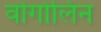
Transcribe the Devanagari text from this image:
वोगोलिन